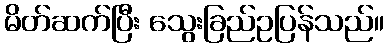
မိတ်ဆက်ပြီး သွေးခြည်ဥပြန်သည်။